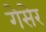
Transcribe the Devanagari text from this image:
गेसेर